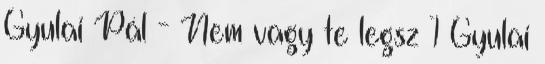
Gyulai Pál - Nem vagy te legsz 1 Gyulai